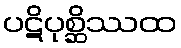
ပဋိပုစ္ဆိဿထ